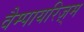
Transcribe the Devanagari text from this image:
वैम्पायरिज़्म